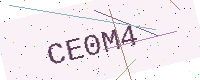
Text: CE0M4